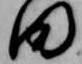
田